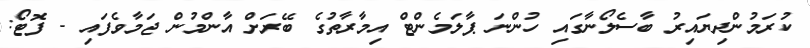
ކުރަމުންދިޔައިރު ބާސެލޯނާގައި ހުންނަ ޕާލަމެންޓް އިމާރާތުގެ ބޭރަށް އާންމުން ޖަމާވެފައި - ފޮޓޯ: